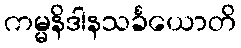
ကမ္မနိဒါနသင်္ခယောတိ